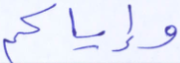
وإياكم